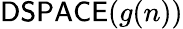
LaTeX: {\mathsf{DSPACE}}(g(n))